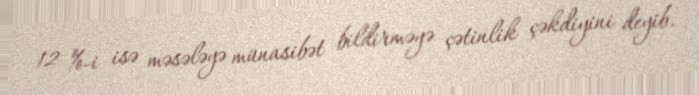
12 %-i isə məsələyə münasibət bildirməyə çətinlik çəkdiyini deyib.